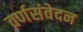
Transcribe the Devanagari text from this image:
वर्णसंवेदन